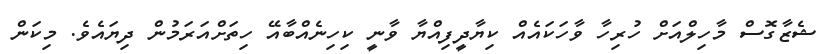
ޝެޒާގޮސް މާހިލްއަށް ހުރިހާ ވާހަކައެއް ކިޔާދީފިއްޔާ ވާނީ ކިހިނެއްބާއޭ ހިތަށްއަރަމުން ދިޔައެވެ. މިކަން